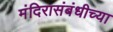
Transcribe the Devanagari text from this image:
मंदिरासंबंधीच्या